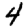
Digit: 4